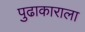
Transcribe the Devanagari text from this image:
पुढाकाराला